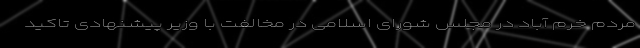
مردم خرم آباد در مجلس شورای اسلامی در مخالفت با وزیر پیشنهادی تاکید